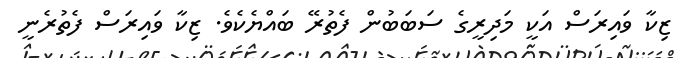
ޒިކާ ވައިރަސް އަކީ މަދިރީގެ ސަބަބުން ފެތުރޭ ބައްޔެކެވެ. ޒިކާ ވައިރަސް ފެތުރެނީ